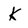
Character: k